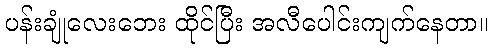
ပန်းချုံလေးဘေး ထိုင်ပြီး အလီပေါင်းကျက်နေတာ။